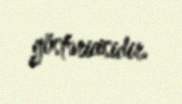
göstəricisidir.